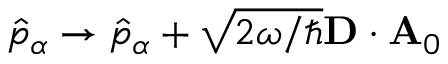
\hat { p } _ { \alpha } \rightarrow \hat { p } _ { \alpha } + \sqrt { 2 \omega / \hbar } \mathbf { D } \cdot \mathbf { A } _ { 0 }